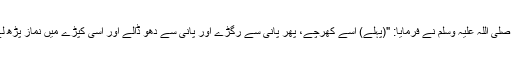
آپ صلی اللہ علیہ وسلم نے فرمایا: "(پہلے) اسے کھرچے، پھر پانی سے رگڑے اور پانی سے دھو ڈالے اور اسی کپڑے میں نماز پڑھ لے"۔